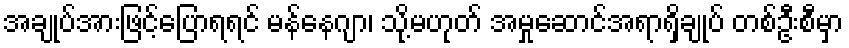
အချုပ်အားဖြင့်ပြောရရင် မန်နေဂျာ၊ သို့မဟုတ် အမှုဆောင်အရာရှိချုပ် တစ်ဦးစီမှာ